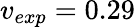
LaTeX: v_{exp}=0.29